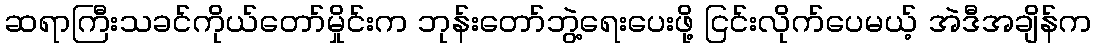
ဆရာကြီးသခင်ကိုယ်တော်မှိုင်းက ဘုန်းတော်ဘွဲ့ရေးပေးဖို့ ငြင်းလိုက်ပေမယ့် အဲဒီအချိန်က